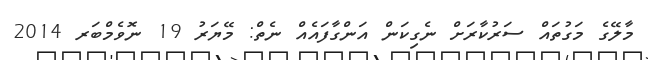
މާލޭގެ މަގުތައް ސަރުކާރަށް ނެގިކަން އަންގާފައެއް ނެތް: މޭޔަރު 19 ނޮވެމްބަރ 2014